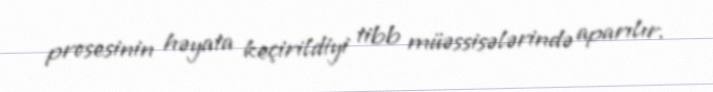
prosesinin həyata keçirildiyi tibb müəssisələrində aparılır.